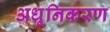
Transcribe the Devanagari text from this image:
अधूनिकरण